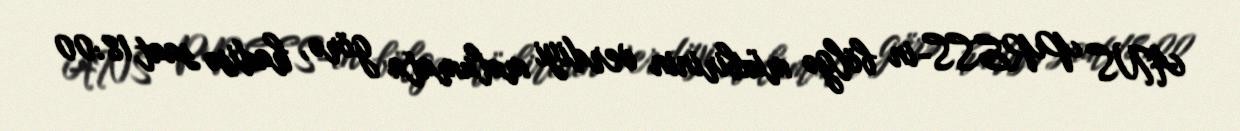
ANS PRESS-in bölgə müxbirinin verdiyi məlumata görə, hadisə saat 18:00